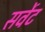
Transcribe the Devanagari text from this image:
सर्वेट